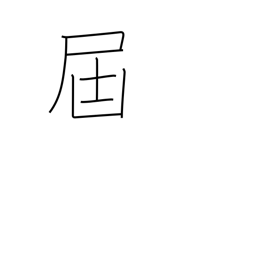
Meaning: forward